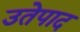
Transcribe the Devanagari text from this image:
उतेपाद